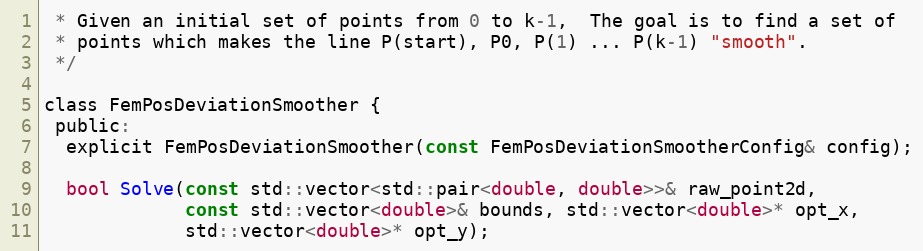
Language: C
 * Given an initial set of points from 0 to k-1,  The goal is to find a set of
 * points which makes the line P(start), P0, P(1) ... P(k-1) "smooth".
 */

class FemPosDeviationSmoother {
 public:
  explicit FemPosDeviationSmoother(const FemPosDeviationSmootherConfig& config);

  bool Solve(const std::vector<std::pair<double, double>>& raw_point2d,
             const std::vector<double>& bounds, std::vector<double>* opt_x,
             std::vector<double>* opt_y);